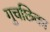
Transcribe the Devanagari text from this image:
गुचछिका